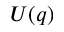
U ( q )